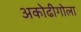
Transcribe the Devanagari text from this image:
अकोढीगोला